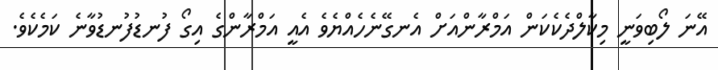
އޭނަ ލޯބިވަނީ މިކާލްދެކެކަން އަމްރާންއަށް އެނގޭނެހެއްޔެވެ އެއީ އަމްރާންގެ އިގޯ ފުނޑުފުނޑުވާނެ ކަމެކެވެ.